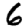
Digit: 6